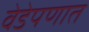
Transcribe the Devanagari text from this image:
वेडेपणात